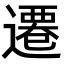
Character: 遷